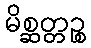
မိစ္ဆတ္တဉ္စ